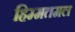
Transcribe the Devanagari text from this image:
हिम्मतमल